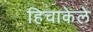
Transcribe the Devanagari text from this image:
हिचाकेले